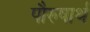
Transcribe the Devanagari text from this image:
पौरुषार्थ